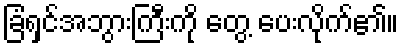
ခြံရှင်အဘွားကြီးကို တွေ့ ပေးလိုက်၏။